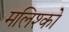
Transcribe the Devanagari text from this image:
मलिश्को